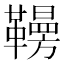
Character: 𩍗